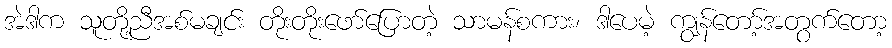
အဲဒါက သူတို့ညီအစ်မချင်း တိုးတိုးဖော်ပြောတဲ့ သာမန်စကား၊ ဒါပေမဲ့ ကျွန်တော့်အတွက်တော့